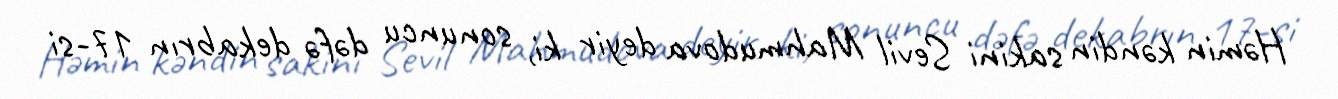
Həmin kəndin sakini Sevil Mahmudova deyir ki, sonuncu dəfə dekabrın 17-si